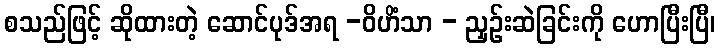
စသည်ဖြင့် ဆိုထားတဲ့ ဆောင်ပုဒ်အရ -ဝိဟိံသာ - ညှဉ်းဆဲခြင်းကို ဟောပြီးပြီ၊